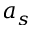
a _ { s }